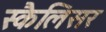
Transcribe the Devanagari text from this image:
स्कैलिसर